King Institute of Preventive Medicine Bacteriolog. Section reports 1907-08
Year: 1907
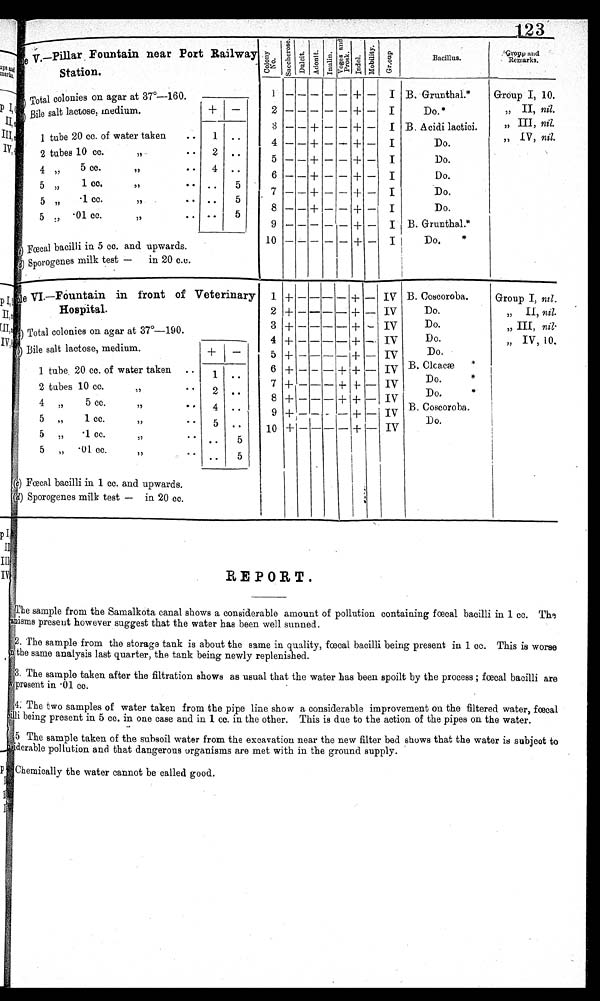
123
Sample v.
—Pillar . Fountain near Port Railway
-
Station.
C o l o n y n o .
Sa c c ha r os e . D u l c i t . A d o n i t .
I nul i n.
V o g e s a n d P r o s k .
I n d o l .
Mot i l i t y.
G r o u p .
Bacillus. G r o u p
and
Remarks.
Total colonies on agar at 37°—160.
, Bile salt lactose, medium.
1 2
3
4
5
6
7
8
9
10
—
—
—
—
-
—
—
—
—
—
-
—
—
+
+
+
+
+
—
—
—
—
-
—
—
—
—
—
—
-
—
—
+
+
+
+
+
+
+
+
+
+—
—
—
—
-
—
_
—
—
—
I
I
I
I
I
I
I
I
I
I
B. Grunthal.*
Do.*
B. Acidi lactici.
Do.
Do.
Do.
Do.
Do.
B. Grunthal.*
D
*
o.
Group I, 10.
„ II, nil.
„ III, nil.
„ IV, nil.
—
I tube 20 cc. of water taken
..
1 ..
2 tubes 10 cc.
,,
4„
5 CC.
,,
. .
4 ..
5 ,,
1 cc.
,,
. . ..
5
5,,
.1 cc
,,
5 „ .01 cc.
,,
Fœcal bacilli in 5 cc. and upwards.
Sporogenes milk test —
in 20 c.o.
Sample
Sample VI.—Fountain in front of Veterinary
Hospital.
1 + — — — — + — IV
2 + — -- — + — . IV
3 + — — — — + — IV
4 + — — — + - IV
5 + — – — + — IV
6 + — — —+ + — I v
7 + — — — + +- — IV
8 + —
— + + — IV
9 + —
- — + - IV
10 + — — — — + — IV
B. Coscoroba.
Do.
Do.
Do.
Do.
B. Clcacæ
*
Do .
Do.
B, Coscoroba.
Do,
Group I. nil.
I
„ II, nil.
„ III, nil.
„ IV, 10.
Total colonies on agar at 37°-190.
(b
Bile salt lactose, medium.
1 tube, 20 cc. of water taken ..
1 1 . ..
2 tubes 10 cc.
,,
2 . .
4 „
5 cc.
,, . .
4 .
5 „
1 cc.
,,
..
5 ..
5 „
.1 cc.. . ..
5
5 „ .01 cc.
I,
.
..
5( c )
Fœcal bacilli in 1 cc. and upwards.
Sporogenes milk test — in 20 cc.
REPORT.
T h e
sample from the Samalkota canal shows a considerable amount of pollution containing fœcal bacilli in 1 cc. The
anisms present however suggest that the water has been well sunned.
The samsple from the storage tank is about the same in quality, fœcal bacilli being present in 1 cc. This is worse
the same analysis last quarter, the tank being newly replenished.
. The sample taken after the filtration shows as usual that the water has been spoilt by the process ; fœcal bacilli are
present in .01 cc.
4.
4. The two samples of water taken from the pipe line show a considerable improvement on the filtered water, fœcal
bacilli
being present in 5 cc. in one case and in 1 cc. in the other. This is due to the action of the pipes on the water.
Thee sample taken of the subsoil water from the excavation near the new filter bed shows that the water is subject to
niderable pollution and that dangerous organisms are met with in the ground supply.
Chemically the water cannot be called good.